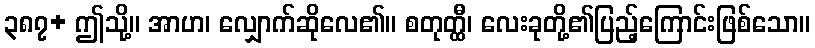
၃၈၇+ ဤသို့။ အာဟ၊ လျှောက်ဆိုလေ၏။ စတုတ္ထီ၊ လေးခုတို့၏ပြည့်ကြောင်းဖြစ်သော။